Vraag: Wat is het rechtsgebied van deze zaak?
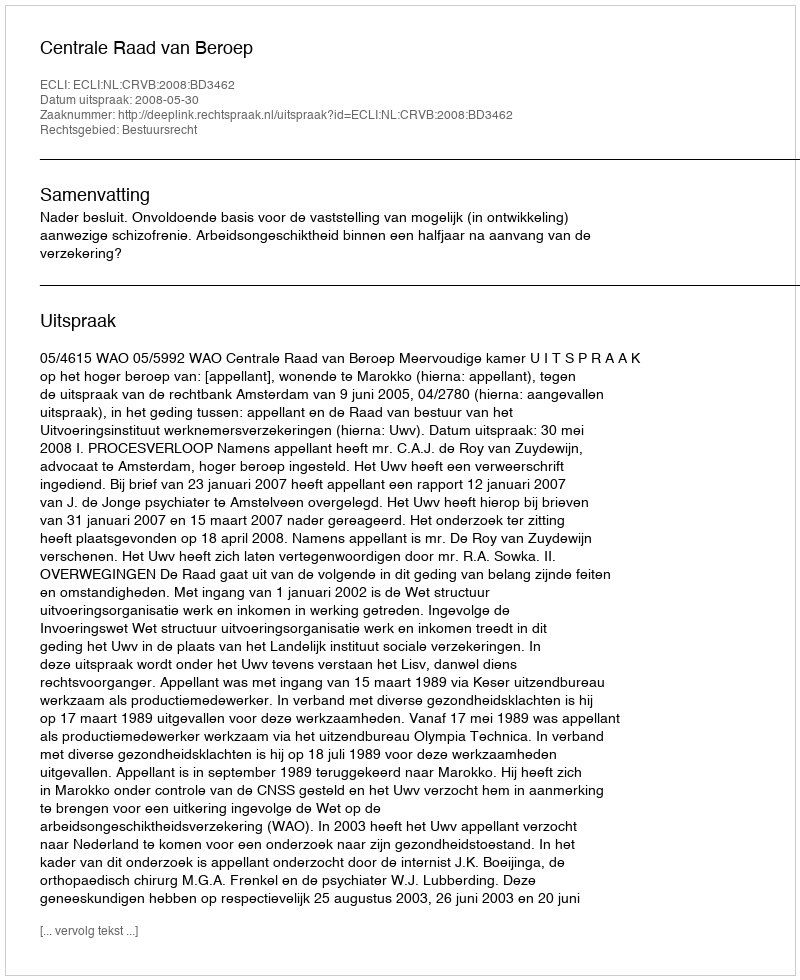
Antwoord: Bestuursrecht